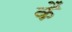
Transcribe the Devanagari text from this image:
कैं